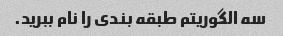
سه الگوریتم طبقه بندی را نام ببرید.